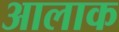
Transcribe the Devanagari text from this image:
आलाक